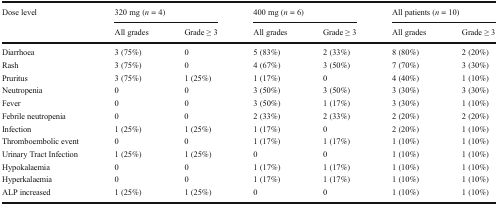
<table><thead><tr><td rowspan="2"><b>Dose level</b></td><td colspan="2"><b>320 mg (<i>n</i> = 4)</b></td><td colspan="2"><b>400 mg (<i>n</i> = 6)</b></td><td colspan="2"><b>All patients (<i>n</i> = 10)</b></td></tr><tr><td><b>All grades</b></td><td><b>Grade ≥ 3</b></td><td><b>All grades</b></td><td><b>Grade ≥ 3</b></td><td><b>All grades</b></td><td><b>Grade ≥ 3</b></td></tr></thead><tbody><tr><td>Diarrhoea</td><td>3 (75%)</td><td>0</td><td>5 (83%)</td><td>2 (33%)</td><td>8 (80%)</td><td>2 (20%)</td></tr><tr><td>Rash</td><td>3 (75%)</td><td>0</td><td>4 (67%)</td><td>3 (50%)</td><td>7 (70%)</td><td>3 (30%)</td></tr><tr><td>Pruritus</td><td>3 (75%)</td><td>1 (25%)</td><td>1 (17%)</td><td>0</td><td>4 (40%)</td><td>1 (10%)</td></tr><tr><td>Neutropenia</td><td>0</td><td>0</td><td>3 (50%)</td><td>3 (50%)</td><td>3 (30%)</td><td>3 (30%)</td></tr><tr><td>Fever</td><td>0</td><td>0</td><td>3 (50%)</td><td>1 (17%)</td><td>3 (30%)</td><td>1 (10%)</td></tr><tr><td>Febrile neutropenia</td><td>0</td><td>0</td><td>2 (33%)</td><td>2 (33%)</td><td>2 (20%)</td><td>2 (20%)</td></tr><tr><td>Infection</td><td>1 (25%)</td><td>1 (25%)</td><td>1 (17%)</td><td>0</td><td>2 (20%)</td><td>1 (10%)</td></tr><tr><td>Thromboembolic event</td><td>0</td><td>0</td><td>1 (17%)</td><td>1 (17%)</td><td>1 (10%)</td><td>1 (10%)</td></tr><tr><td>Urinary Tract Infection</td><td>1 (25%)</td><td>1 (25%)</td><td>0</td><td>0</td><td>1 (10%)</td><td>1 (10%)</td></tr><tr><td>Hypokalaemia</td><td>0</td><td>0</td><td>1 (17%)</td><td>1 (17%)</td><td>1 (10%)</td><td>1 (10%)</td></tr><tr><td>Hyperkalaemia</td><td>0</td><td>0</td><td>1 (17%)</td><td>1 (17%)</td><td>1 (10%)</td><td>1 (10%)</td></tr><tr><td>ALP increased</td><td>1 (25%)</td><td>1 (25%)</td><td>0</td><td>0</td><td>1 (10%)</td><td>1 (10%)</td></tr></tbody></table>